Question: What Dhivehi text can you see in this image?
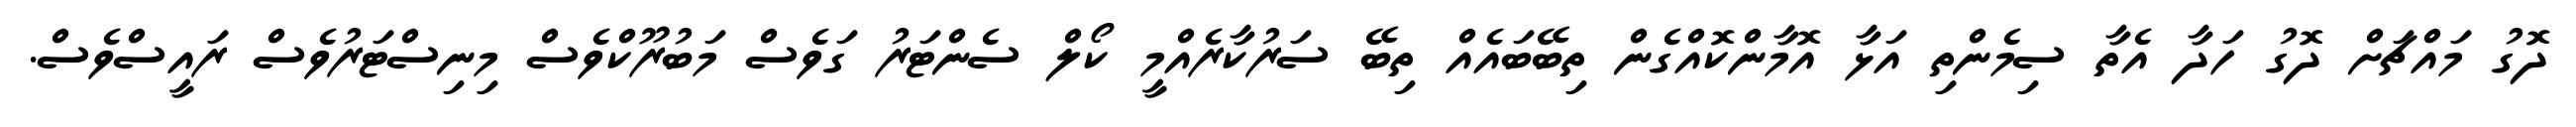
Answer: ދޮގު މައްޗަށް ދޮގު ހަދާ އެތާ ސިމެންތި އަޅާ އޮމާންކޮއްގެން ތިބޭބައެއް ތިބޭ ސަރުކާރެއްމީ ކޯލް ސެންޓަރު ގަވެސް މަބުރޫކްވެސް މިނިސްޓަރުވެސް ރައީސްވެސް.